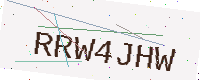
Text: RRW4JHW